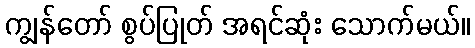
ကျွန်တော် စွပ်ပြုတ် အရင်ဆုံး သောက်မယ်။